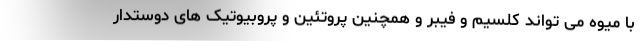
با میوه می تواند کلسیم و فیبر و همچنین پروتئین و پروبیوتیک های دوستدار